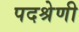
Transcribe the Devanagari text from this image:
पदश्रेणी